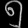
Digit: ၅